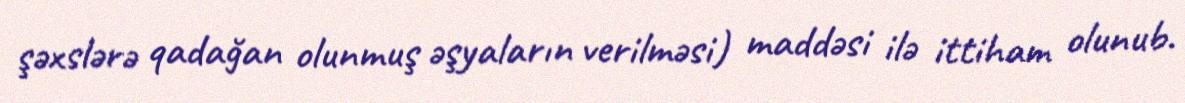
şəxslərə qadağan olunmuş əşyaların verilməsi) maddəsi ilə ittiham olunub.